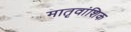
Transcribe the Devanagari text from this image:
मातृवांशिक